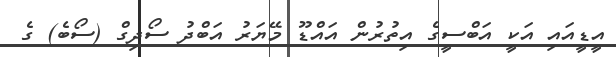
އީޑީއައި އަކީ އަބްސީގެ އިތުރުން އައްޑޫ މޭޔަރު އަބްދު ސޯދިގް (ސޯބެ) ގެ